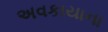
અવકાયાના